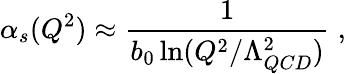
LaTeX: \alpha_{s}(Q^{2})\approx\frac{1}{b_{0}\ln(Q^{2}/\Lambda_{QCD}^{2})}\; ,